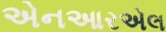
એનઆરએલ